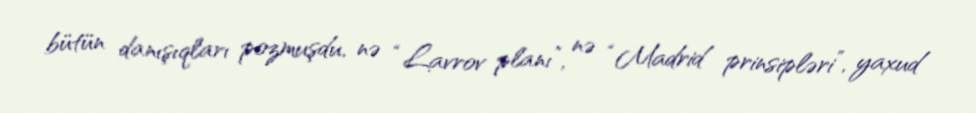
bütün danışıqları pozmuşdu, nə “Lavrov planı”, nə “Madrid prinsipləri”, yaxud